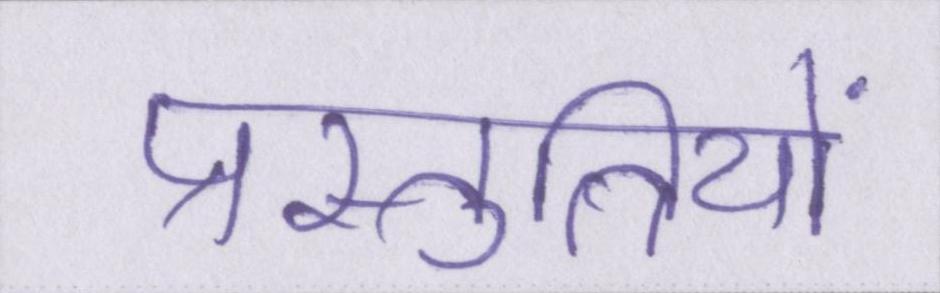
प्रस्तुतियों